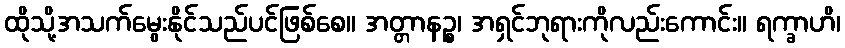
ထိုသို့အသက်မွေးနိုင်သည်ပင်ဖြစ်စေ။ အတ္တာနဉ္စ၊ အရှင်ဘုရားကိုလည်းကောင်း။ ရက္ခာဟိ၊